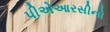
પીએઆરસીનો